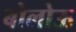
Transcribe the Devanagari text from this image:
बोलोऊ